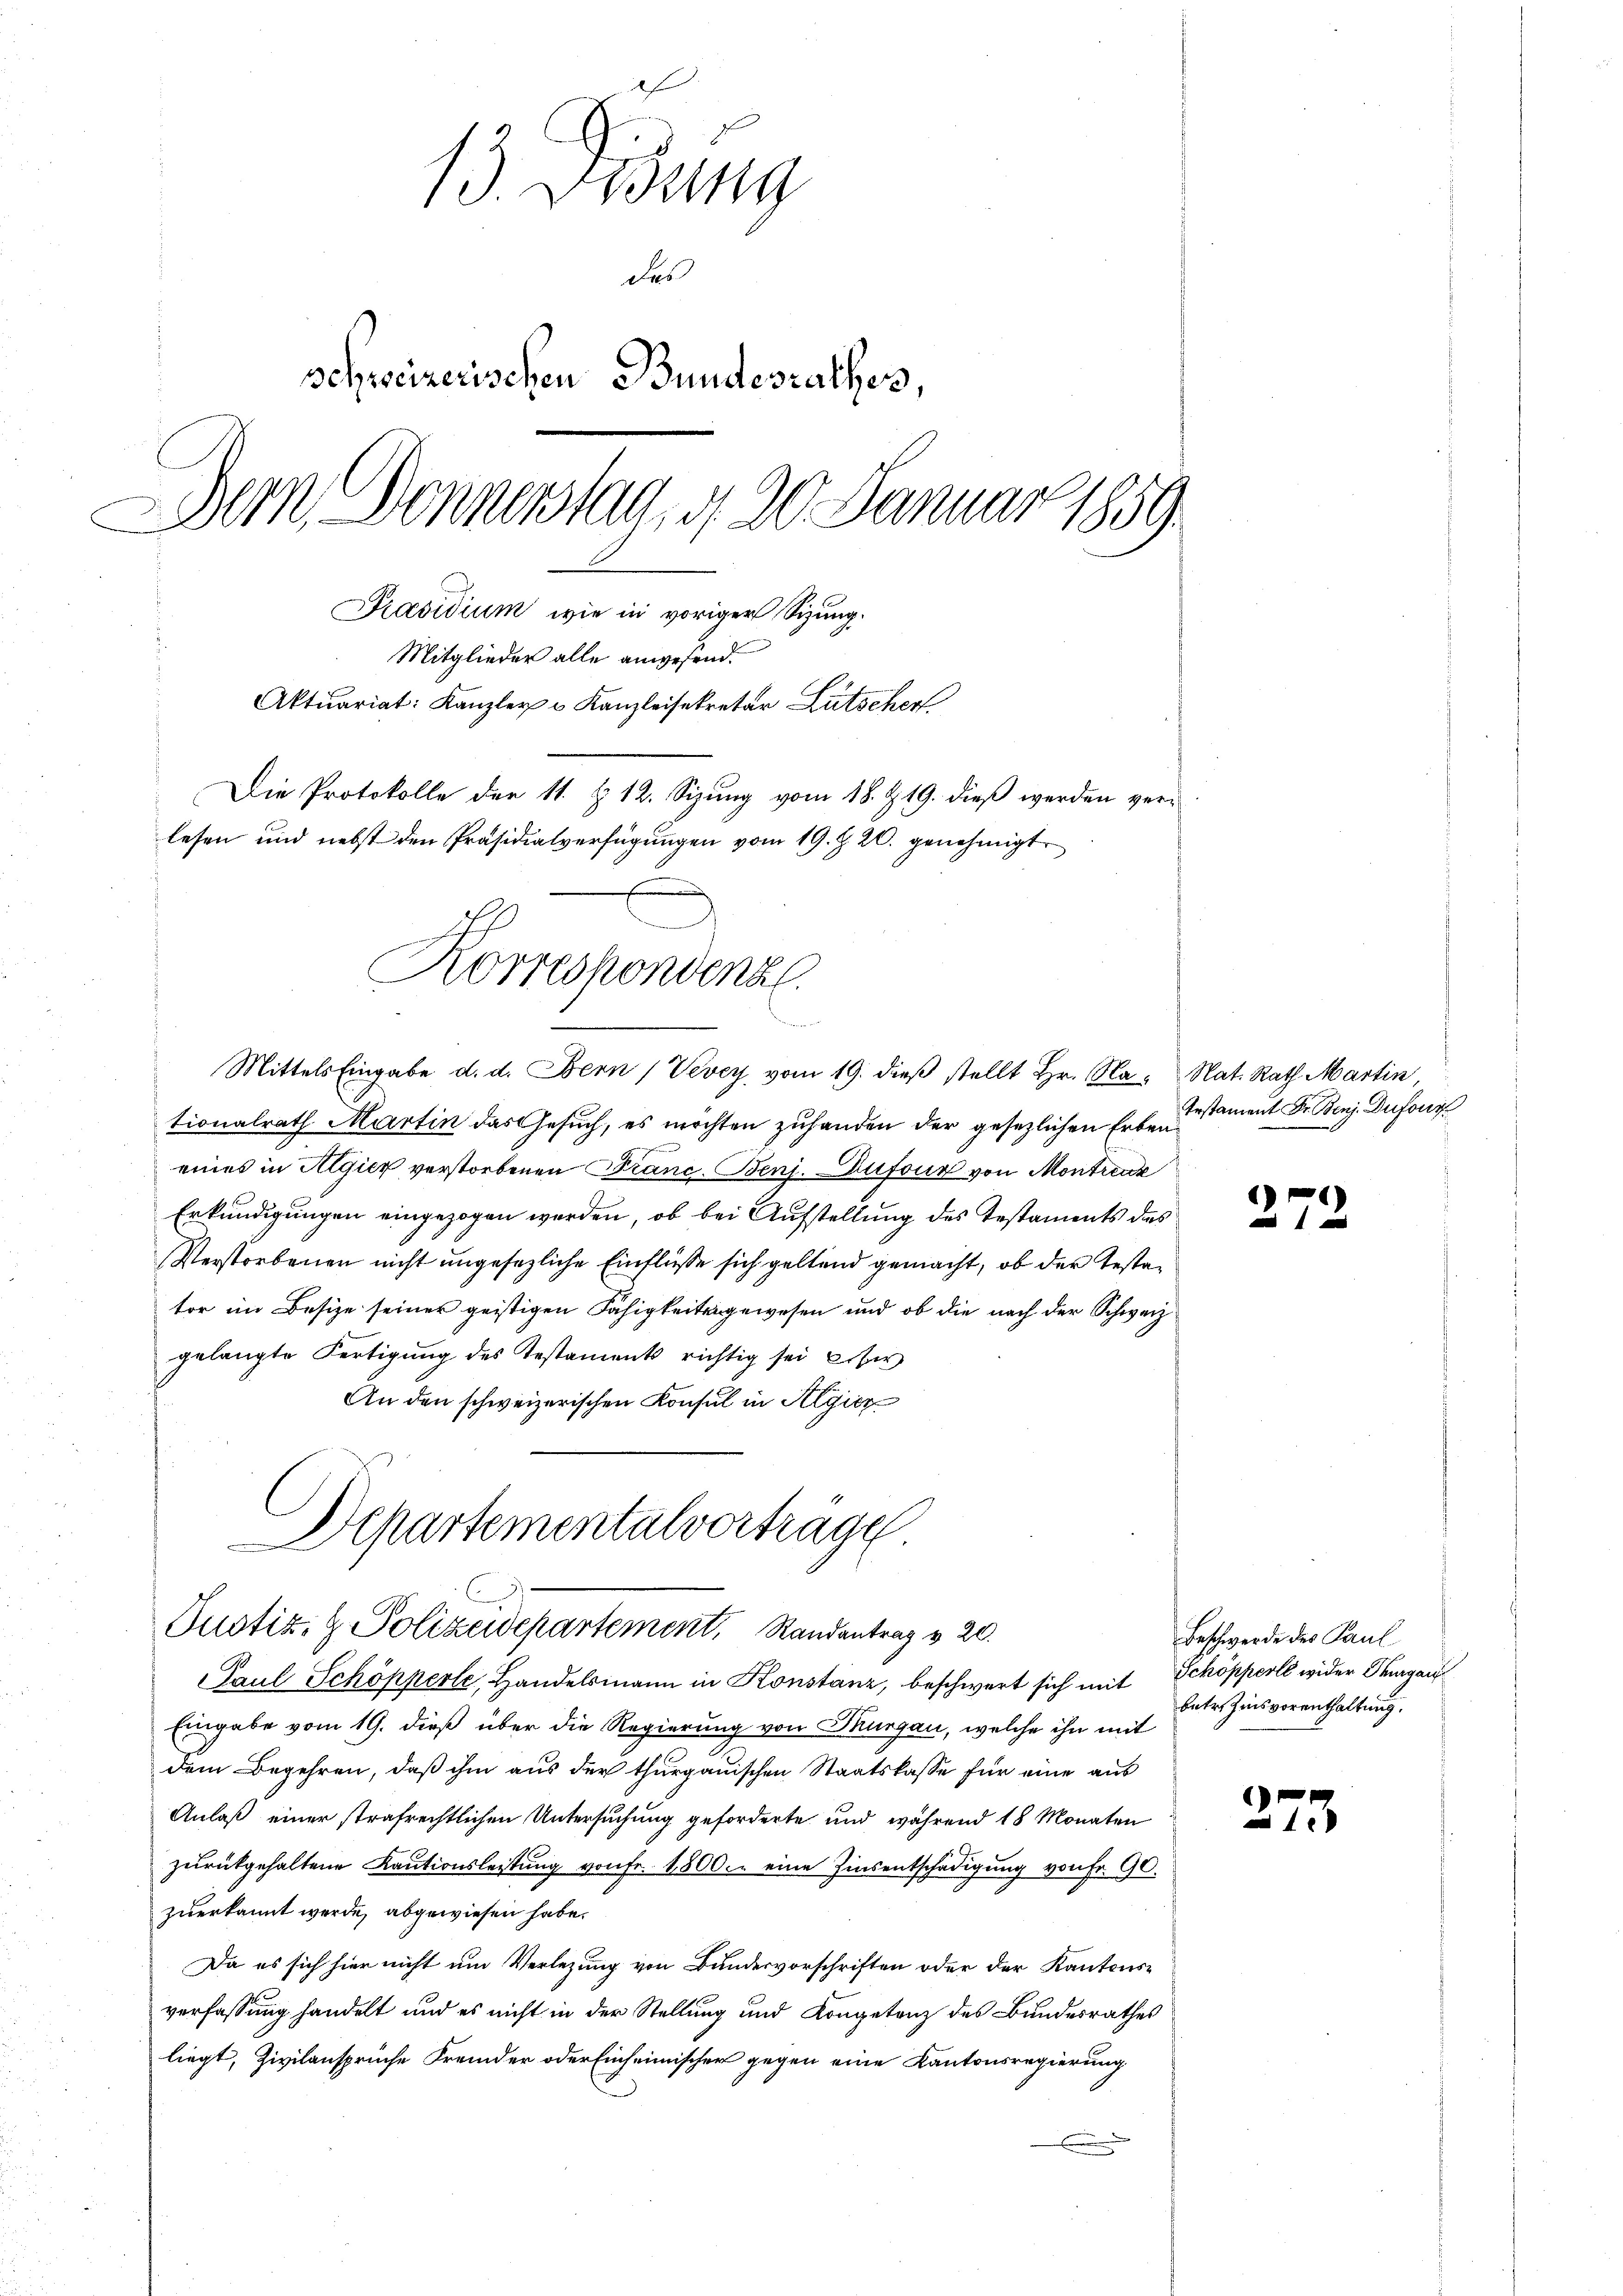
13. Didung
des
schweizerischen Bundesrathes,
Dein Donnerstag, d. 20. Januar 1859.
1
Präsidium wie in voriger Sizung.
Mitglieder alle angesend.
Aktuariat: Kanzler u Kanzleisekretär Lütscher
Die Protokolle der 11. § 12. Sizung vom 18. Z. 19. dieß werden verlesen und nebst den Präsidialverfügungen vom 19. Z. 20. genehmigt

tionalrath Martin das Gesuch, es möchten zuhanden der gesezlichen Erbentestament Dr. Benz. Dufour
eines in Algier verstorbenen Franc- Benj. Dufour von Montreux
Erkundigungen eingezogen werden, ob bei Aufstellung des Testaments des
Verstorbenen nicht ungesezliche Einflüsse sich geltend gemacht, ob der Testator im Besize seiner geistigen Fähigkeitengewesen und ob die nach der Schweiz
gelangte Fertigung des Testaments richtig sei eiser
An den schweizerischen Konsul in Algier
Departementalvorträge

Korrespondenz
ern, der
Mittels Eingabe d. d. Bern / Vevey vom 19. dieβ stellt Hr. Na, Nat. Rath Martin,

Justiz- & Polizeidepartement, Randantrag v. 20.

Paul Schöpperte, Handelsmann in Konstanz, beschwert sich mit Schöpperle wider Thurgau
Eingabe vom 19. dieß über die Regierung von Thurgau, welche ihn mit
dem Begehren, daß ihm aus der thurgauischen Staatskasse für eine aus
Anlaß einer strafrechtlichen Untersuchung geforderte und während 18 Monaten
zurückgehaltene Kautionsleistung von fr. 1800. eine Zinsentschädigung von Fr. 90.
zuerkannt werde, abgewiesen habe.
Da es sich hier nicht um Verlegung von Bundesvorschriften oder der Kantons-
verfassung handelt und es nicht in der Stellung und Kompetenz des Bundesrathes
liegt, Zivilansprüche Fremder oder Einheimischer gegen eine Kantonsregierung

c
n

f
e

Beschwerde des Paul
betr. Zinsvorenthaltung.

273